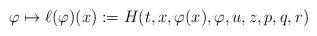
LaTeX: \begin{align*}\varphi \mapsto \ell(\varphi)(x):=H(t,x,\varphi(x),\varphi,u,z,p,q,r)\end{align*}